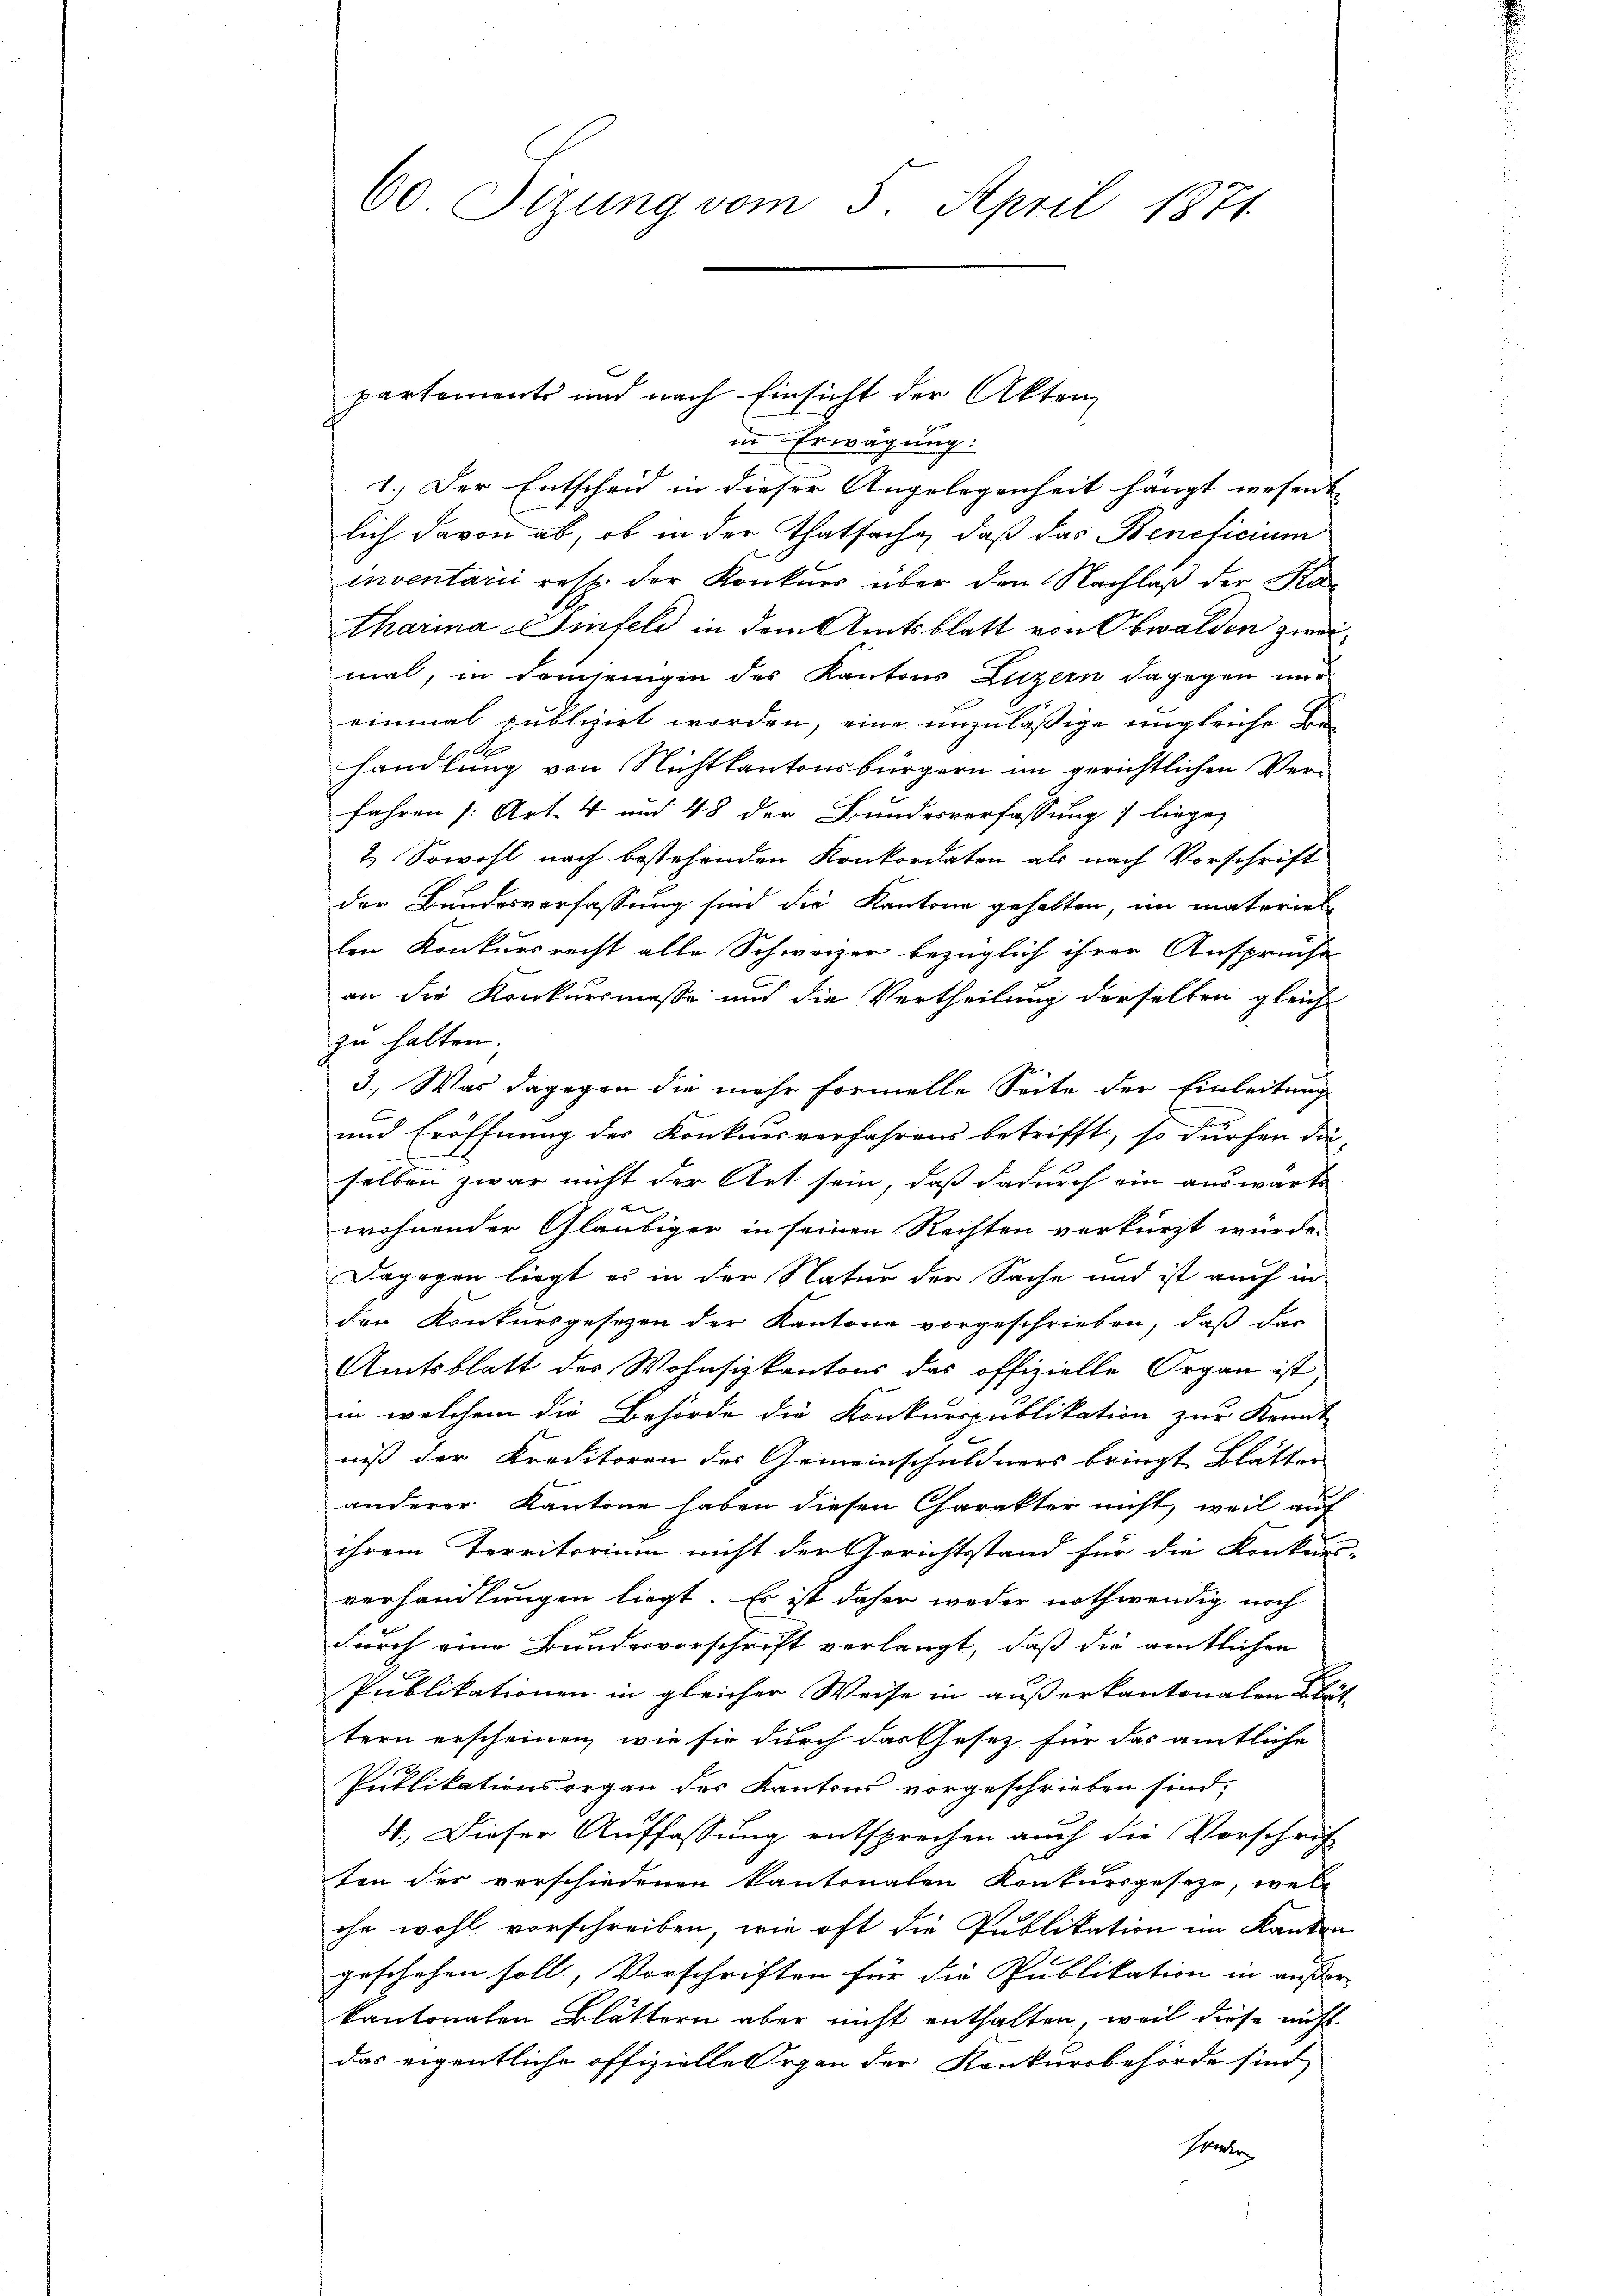
60 Sizung vom 5. April 1871

partements und nach Einsicht der Akten
in Erwägung:
1.) Der Entscheid in dieser Angelegenheit hängt wesent
lich davon ab, ob in der Thatsache, daß das Beneficium
inventarii resp. der Konkurs über den Nachlaß der Katharina Imfeld in dem Amtsblatt von Obwalden zweimal, in demjenigen des Kantons Luzern dagegen nur
einmal publizirt worden, eine unzuläßige ungleiche Behandlung von Nichtkantonsbürgern im gerichtlichen Ver-
fahren [Art. 4 und 48 der Bundesverfassung liege,
2.) Sowohl nach bestehenden Konkordaten als nach Vorschrift
der Bundesverfassung sind die Kantone gehalten, in materiel
len Konkursrecht alle Schweizer bezüglich ihrer Ansprüche
an die Konkursmasse und die Vertheilung derselben gleich
zu halten.
3., Was dagegen die mehr formelle Seite der Einleitung
b
und Eröffnung des Konkursverfahrens betrifft, so dürfen da-
selben zwar nicht der Art sein, daß dadurch ein auswärts
wohnender Gläubiger in seinen Rechten verkürzt würde.
Dagegen liegt es in der Natur der Sache und ist auch in
den Konkursgesezen der Kantone vorgeschrieben, daß das
Amtsblatt des Wohnsizkantons das offizielle Organ ist
in welchem die Behörde die Konkurspublikation zur Kennt
niß der Kreditoren des Gemeinschuldners bringt Blätter
anderer Kantone haben diesen Charakter nicht, weil auf
ihrem Territorium nicht der Gerichtsstand für die Konkurs-
verhandlungen liegt. Es ist daher weder nothwendig noch
durch eine Bundesvorschrift verlangt, daß die amtlichen
e
Publikationen in gleicher Weise in außerkantonalen Blättern erscheinen, wie sie durch das Gesetz für das amtliche
Publikationsorgan des Kantons vorgeschrieben sind,
4. Dieser Auffassung entsprechen auch die Vorschrift
ten der verschiedenen kantonalen Konkursgeseze, welc
ohn wohl vorschreiben, wie oft die Publikation im Kanton
geschehen soll, Vorschriften für die Publikation in ausser- |
kantonalen Blättern aber nicht enthalten, weil diese nicht
das eigentliche offizielle Organ der Konkursbehörde sind
Heer